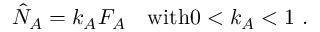
\begin{array} { r } { \hat { N } _ { A } = k _ { A } F _ { A } \quad \mathrm { w i t h } 0 < k _ { A } < 1 \ . } \end{array}